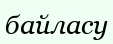
байласу